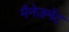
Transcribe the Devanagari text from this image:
मैनेज़मेंट